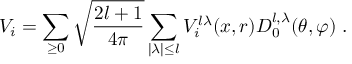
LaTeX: V _ { i } = \sum _ { \geq 0 } \sqrt { \frac { 2 l + 1 } { 4 \pi } } \sum _ { \mid \lambda \mid \leq l } V _ { i } ^ { l \lambda } ( x , r ) D _ { 0 } ^ { l , \lambda } ( \theta , \varphi ) ~ .